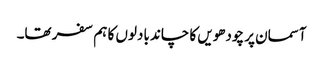
آسمان پر چودھویں کا چاند بادلوں کا ہم سفر تھا۔